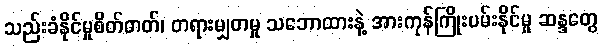
သည်းခံနိုင်မှုစိတ်ဓာတ်၊ တရားမျှတမှု သဘောထားနဲ့ အားကုန်ကြိုးပမ်းနိုင်မှု ဆန္ဒတွေ